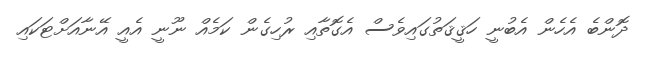
ދޮންބެ އެހެން އެބުނީ ހަޤީޤަތުގައިވެސް އެގޮތާއި ރުހިގެން ކަމެއް ނޫނީ އެއީ އޭނާއަށްޓަކައި